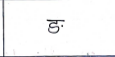
मजकूर: ङ